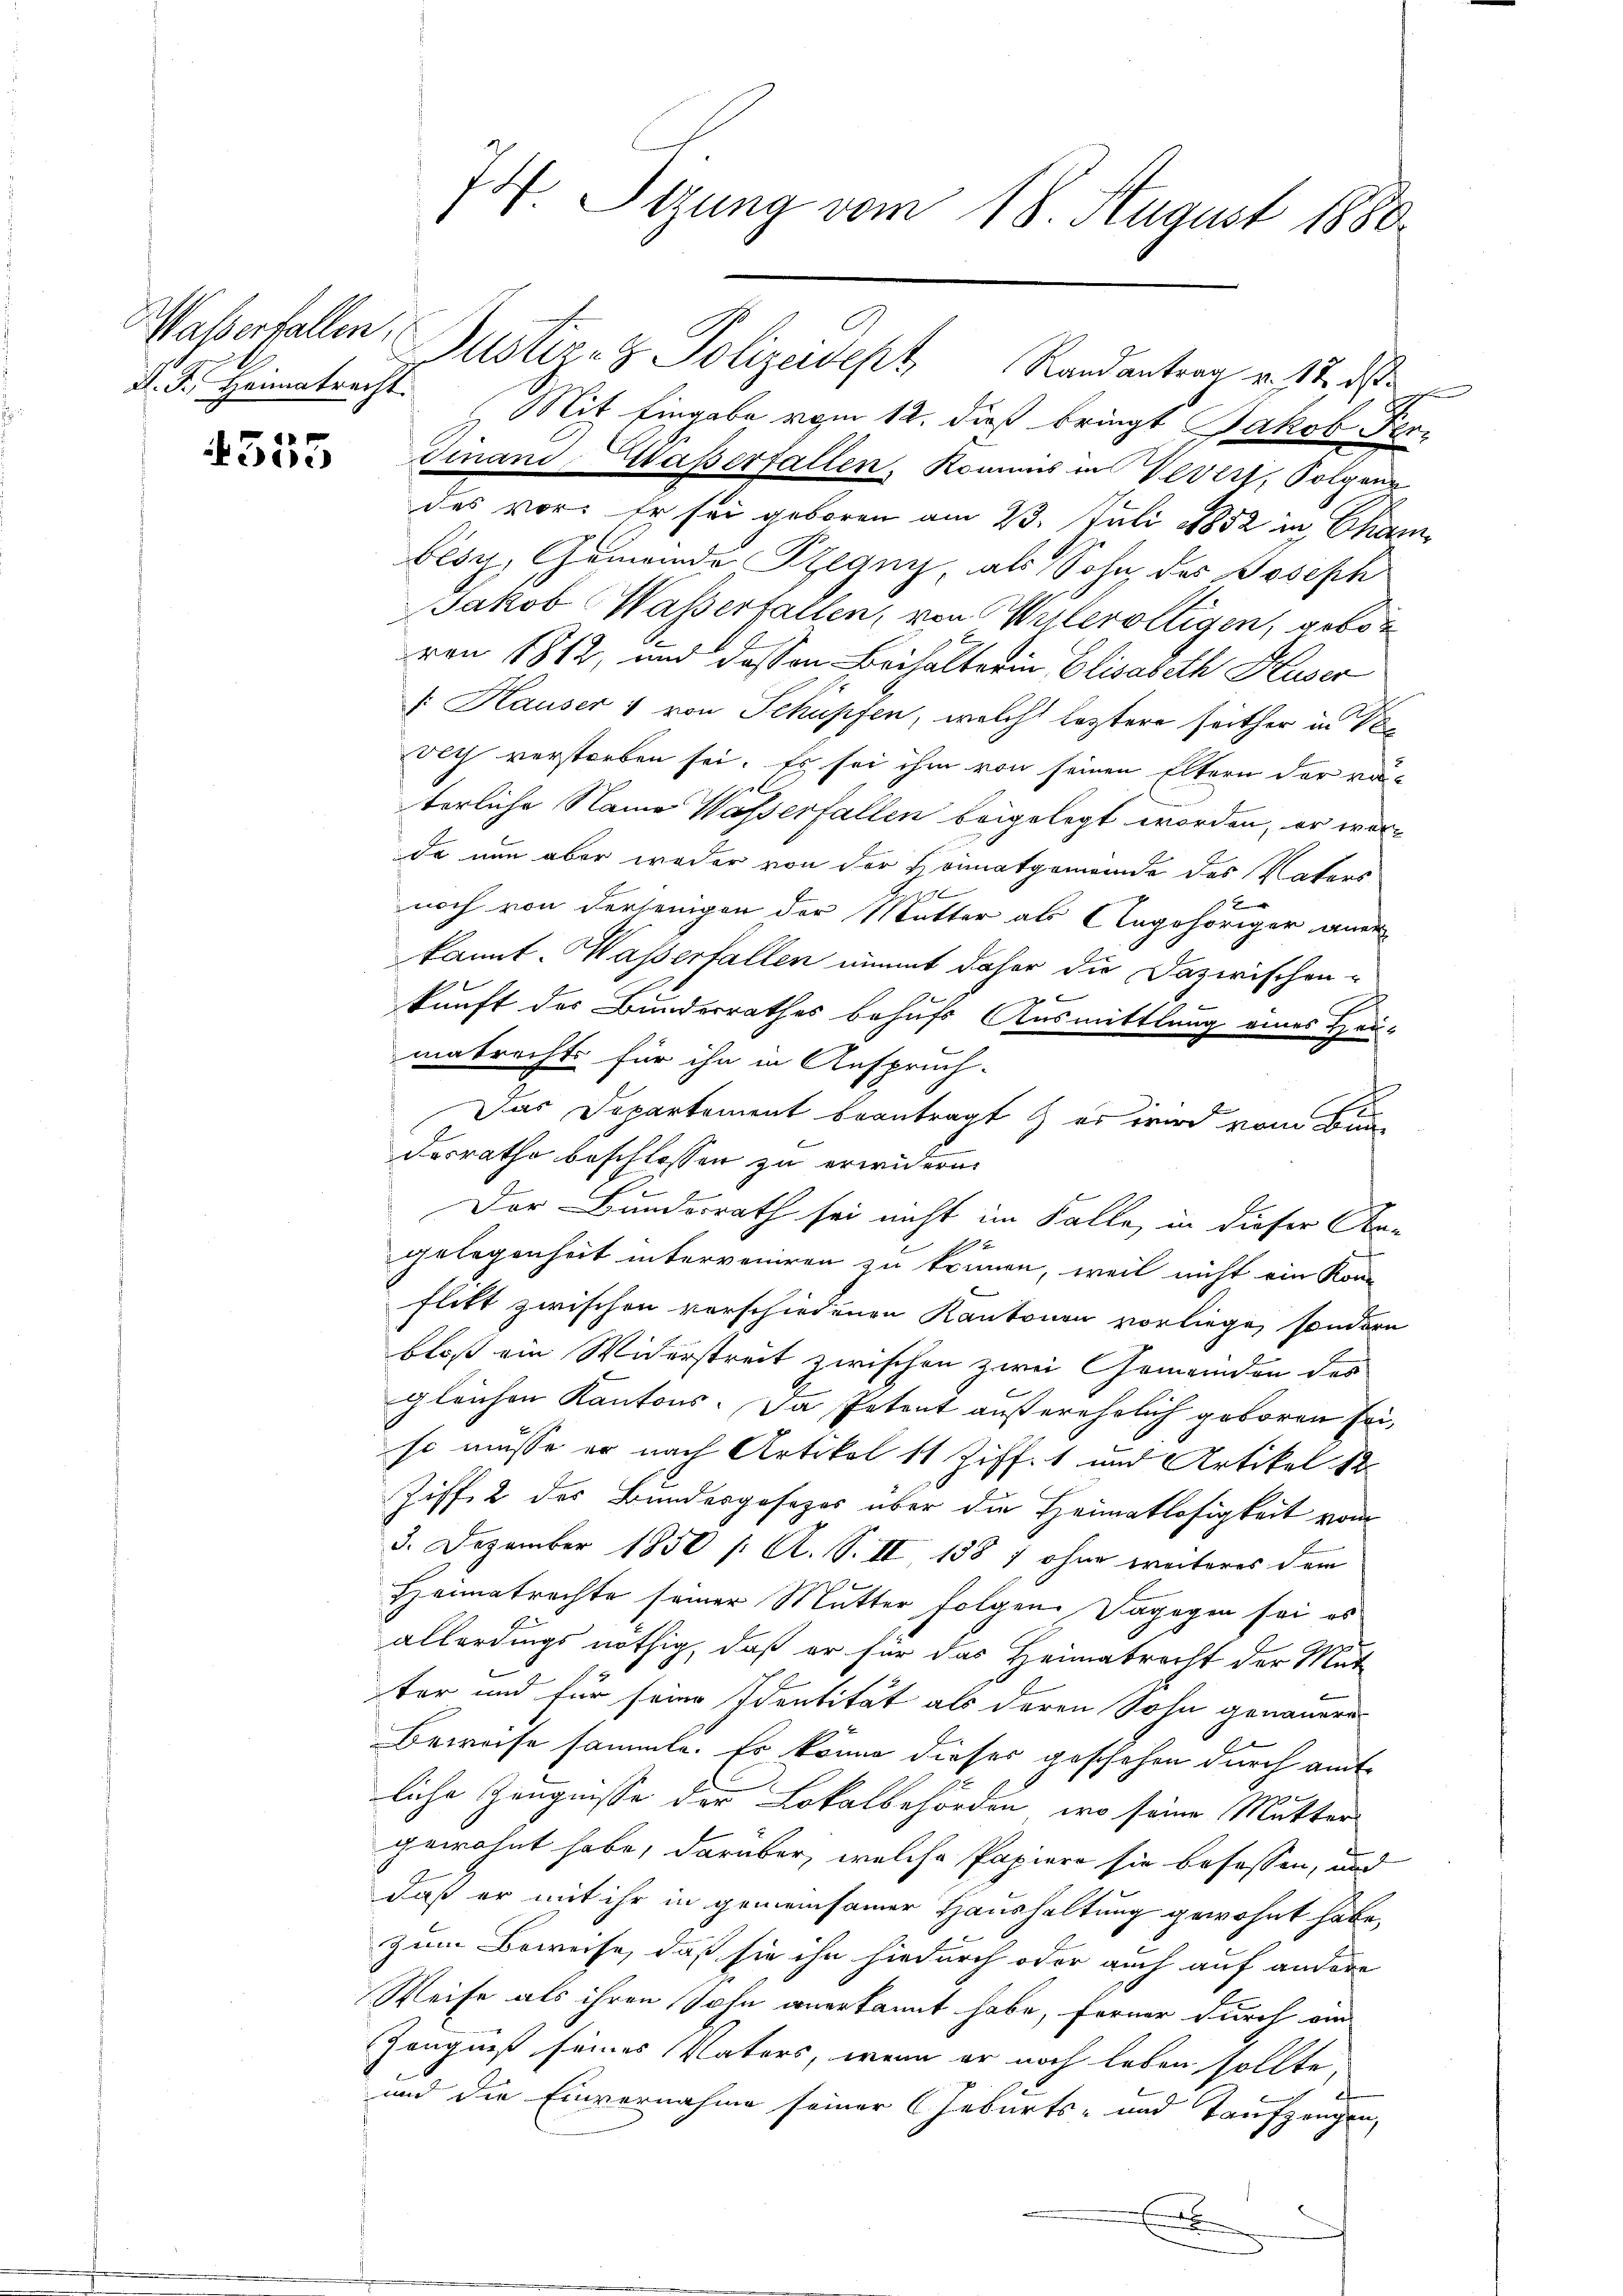
aßserfallen,

355

74. Stzung vom 18. August 1880

P. F. Heimatrecht. Mit Eingabe vom 12. dieß bringt Jakob Fer-
Finand Waßerfallen, Kommis in Viert, Polgang
das vor. Er sei geboren am 23. Juli 1852 in Cham
besu, Gemeinde Pilgny, als Sohn des Joseph
Jakob Wasserfallen, von Wylerölligen, gebor
von 1812, und dassen Beihalterin Elisabeth Huser
f. Hauser & von Schüssen, welche leztere seither in Neavech verstorben sei. Es sei ihm von seinen Eltern der vaterliche Name Wasserfallen beigelegt worden, er werda nun aber weder von der Heimatgemeinde des Vaters
9
noch von derjenigen der Mutter als Angehöriger aner
kannt. Wasserfallen nimmt daher die Dazwischen-

kunft des Bunderrathes behufs Ausmittlung eines Heumatrechts für ihn in Anspruch-
Das Departement beantragt, er wird vom Bun
desrathe beschlossen zu erwidern.
Der Bunderrath sei nicht im Falle, in dieser An-
x
gelegenheit interveniren zu können, weil nicht ein Kon-
f
Flitt zwischen verschiedenen Kantonen vorliege, sondern
bloß ein Widerstreit zwischen zwei Gemeinden des
gleichen Kantons. Da Petent außerehrlich geboren sei,
so müsse er nach Artikel 11 Ziff. 1 und Artikel 12
Ziff. 2 des Bundesgesezes über die Heimatlosigkeit vom
3. Dezember 1850 /: A. S. II 1387 ohne weiteres dem
Heimatrachte seiner Mutter folgen. Dagegen sei es
allerdings nöthig, daß er für das Heimatrecht der Mut
ter und für seine Identität als deren Sohn genauern
Beweise sammte. Es könne dieser geschehen durch amtliche Zeugnisse der Lokalbehörden, wo seine Mutter
gewohnt habe, darüber, welche Papiere sie befassen, und
daß er mit ihr in gemeinsamer Haushaltung gewohnt habe,
zum Beweise, daß sie ihn hiedurch oder auch auf andere
Weise als ihren Sohn anerkannt habe, ferner durch ein
Zeugniß seines Vaters, wenn er noch leben sollte,
und die Einvernahme seiner Geburts- und Taufzangen,
.

Justiz- & Polizeidept Randantrag v. 17. ds